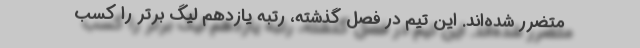
متضرر شده‌اند. این تیم در فصل گذشته، رتُبه یازدهم لیگ برتر را کسب